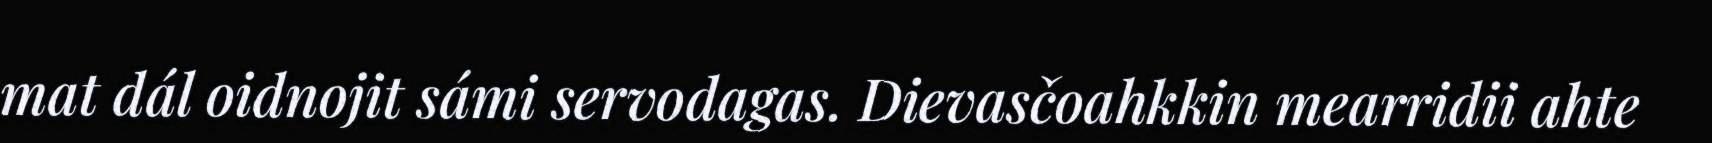
mat dál oidnojit sámi servodagas. Dievasčoahkkin mearridii ahte